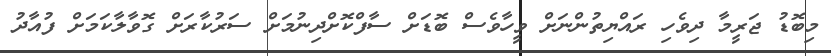
މިބޮޑު ޖަރީމާ ދިވެހި ރައްޔިތުންނަށް ވީހާވެސް ބޮޑަށް ސާފްކޮށްދިނުމަށް ސަރުކާރަށް ގޮވާލާކަމަށް ފުއާދު